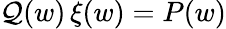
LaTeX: \mathcal{Q}(w)\, \xi(w)=P(w)